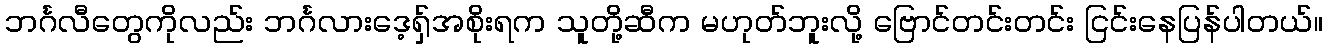
ဘင်္ဂလီတွေကိုလည်း ဘင်္ဂလားဒေ့ရှ်အစိုးရက သူတို့ဆီက မဟုတ်ဘူးလို့ ဗြောင်တင်းတင်း ငြင်းနေပြန်ပါတယ်။